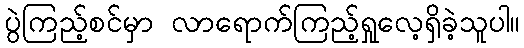
ပွဲကြည့်စင်မှာ လာရောက်ကြည့်ရှုလေ့ရှိခဲ့သူပါ။